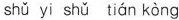
shǔ yi shǔ tián kòng